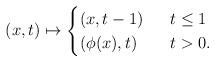
LaTeX: \begin{align*} (x,t) \mapsto \begin{cases} (x,t-1) & \ \ t \leq 1\\(\phi(x),t) & \ \ t >0.\end{cases}\end{align*}